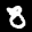
Label: 8